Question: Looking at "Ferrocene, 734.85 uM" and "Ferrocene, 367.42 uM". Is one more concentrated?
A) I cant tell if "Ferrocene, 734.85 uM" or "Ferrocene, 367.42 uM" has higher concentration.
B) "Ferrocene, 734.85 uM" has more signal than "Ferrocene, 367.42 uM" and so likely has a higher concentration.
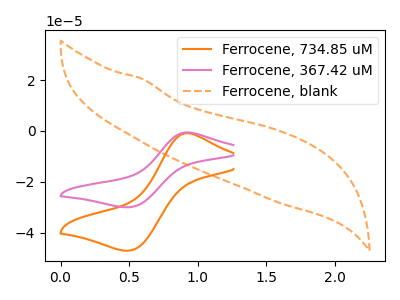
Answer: <think>The orange curve "Ferrocene, 734.85 uM" has an anodic peak at (0.90V, -0.85uA) and a cathodic peak at (0.50V, -47.00uA). The pink curve "Ferrocene, 367.42 uM" has an anodic peak at (0.90V, -0.55uA) and a cathodic peak at (0.50V, -29.95uA). The orange dashed curve "Ferrocene, blank" has no peaks.
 All the peaks in "Ferrocene, 734.85 uM" have a peak in "Ferrocene, 367.42 uM" at the same potential.</think>
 <answer>A) I cant tell if "Ferrocene, 734.85 uM" or "Ferrocene, 367.42 uM" has higher concentration.</answer>
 <eval>A</eval>